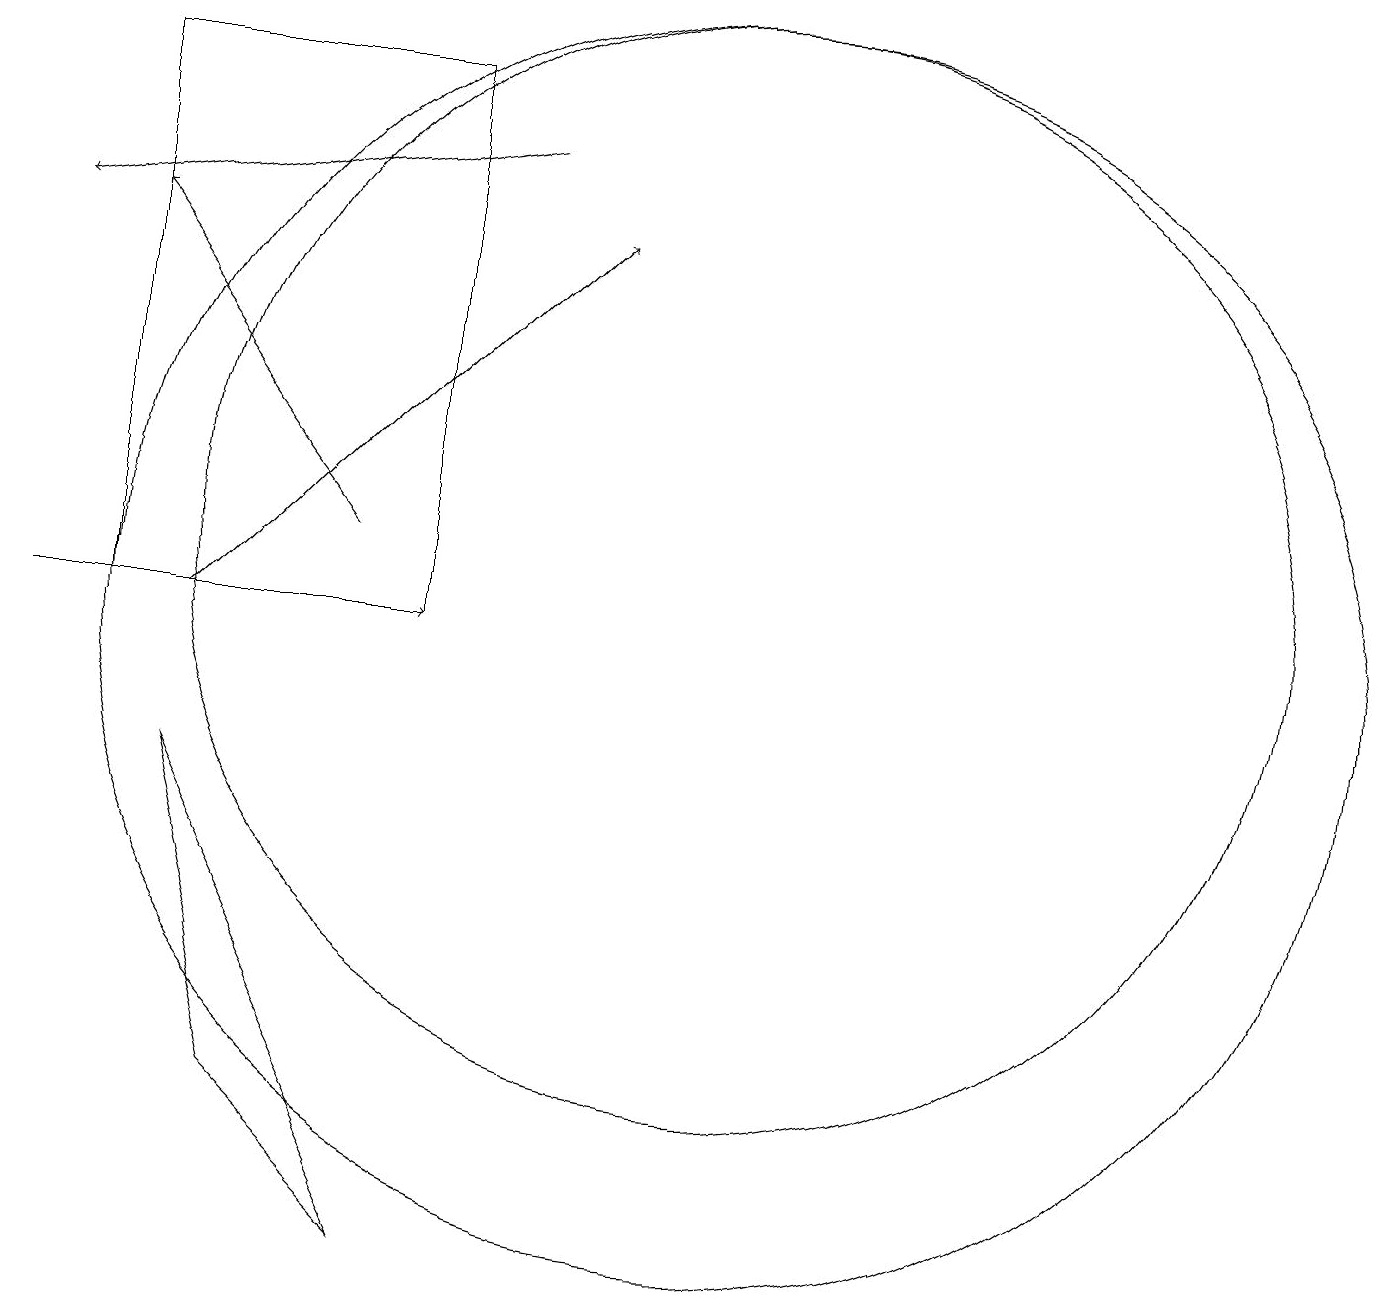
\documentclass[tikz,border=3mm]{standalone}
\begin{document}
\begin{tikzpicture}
\draw (10,11) circle (7);
\draw[->] (3,10) -- (8,15);
\draw[->] (5,11) -- (2,15);
\draw (2,17) rectangle (6,10);
\draw (10,10) circle (8);
\draw (6,2) -- (4,4) -- (3,8) -- cycle;
\draw[->] (7,16) -- (1,15);
\draw[->] (1,10) -- (6,10);
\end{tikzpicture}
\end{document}